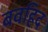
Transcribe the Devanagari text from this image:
बवहिद